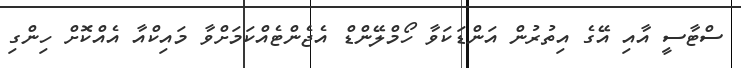
ސްޓާސީ އާއި އޭގެ އިތުރުން އަންޑަކަވާ ހޯމްލޭންޑް އެޖެންޓެއްކަމަށްވާ މައިކްއާ އެއްކޮށް ހިންގި